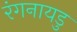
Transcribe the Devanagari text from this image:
रंगनायडु